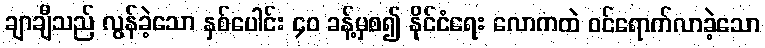
ချာချီသည် လွန်ခဲ့သော နှစ်ပေါင်း ၄၀ ခန့်မှစ၍ နိုင်ငံရေး လောကထဲ ဝင်ရောက်လာခဲ့သော